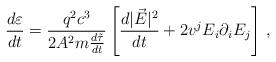
LaTeX: \begin{align*}\frac{d\varepsilon}{dt}=\frac{q^{2}c^{3}}{2A^{2}m{\frac{d\tilde\tau}{dt}}}\left[\frac{d|\vec{E}|^{2}}{dt}+2v^{j}E_{i}\partial_{i}E_{j}\right]\,{,}\end{align*}